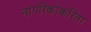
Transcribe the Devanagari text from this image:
नागरिकाकरिता